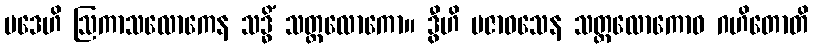
ပဒေဟိ ဩကာသလောကေန သဒ္ဓိံ သတ္တလောကော။ ဒွီဟိ ပဇာဝသေန သတ္တလောကောဝ ဂဟိတောတိ